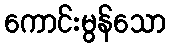
ကောင်းမွန်သော